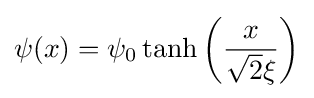
\psi (x)=\psi _{0}\tanh \left({\frac {x}{{\sqrt {2}}\xi }}\right)